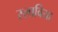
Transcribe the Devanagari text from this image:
स्लाविया